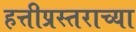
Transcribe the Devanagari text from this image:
हत्तीप्रस्तराच्या